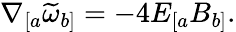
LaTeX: \nabla_{[a}\widetilde{\omega}_{b]}=-4E_{[a}B_{b]}.